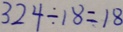
3 2 4 \div 1 8 = 1 8